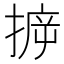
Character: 𢯪